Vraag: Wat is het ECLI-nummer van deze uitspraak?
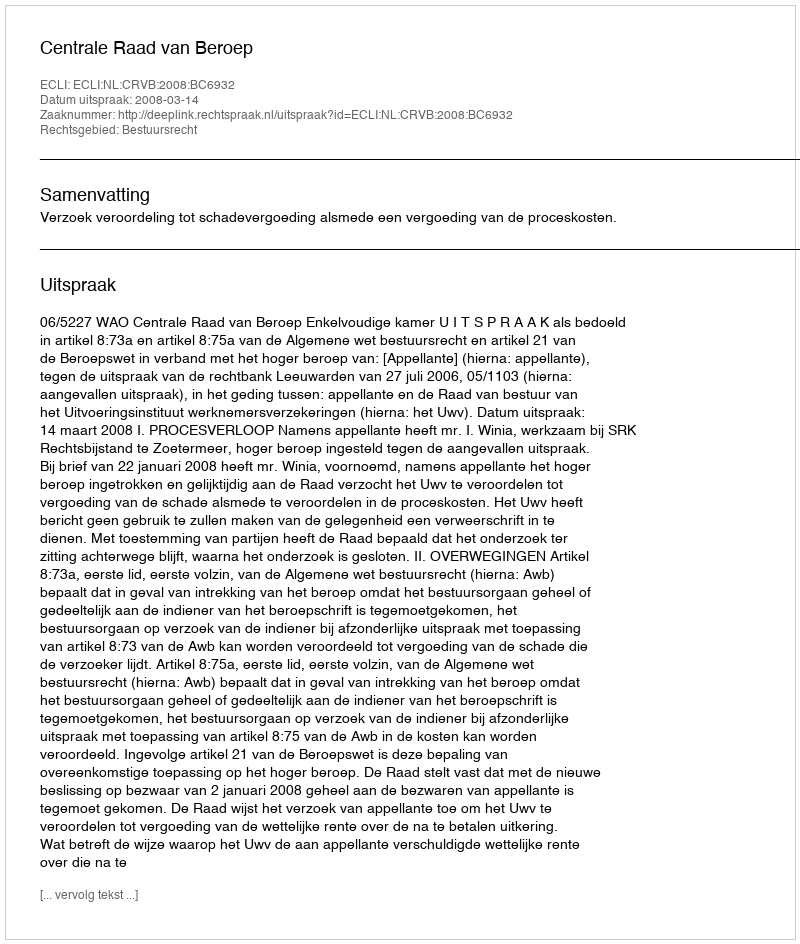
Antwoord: ECLI:NL:CRVB:2008:BC6932